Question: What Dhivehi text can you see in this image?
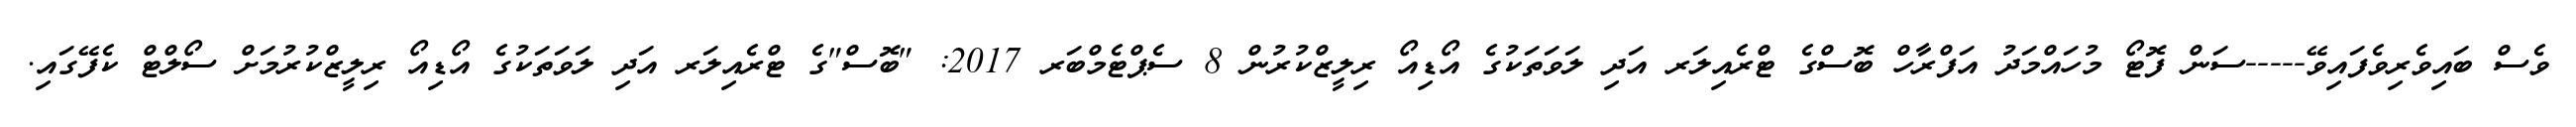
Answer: ވެސް ބައިވެރިވެފައިވޭ-----ސަން ފޮޓޯ މުހައްމަދު އަފްރާހް ބޮސްގެ ޓްރެއިލަރ އަދި ލަވަތަކުގެ އޯޑިއޯ ރިލީޒްކުރުން 8 ސެޕްޓެމްބަރ 2017: "ބޮސް"ގެ ޓްރެއިލަރ އަދި ލަވަތަކުގެ އޯޑިއޯ ރިލީޒްކުރުމަށް ސޯލްޓް ކެފޭގައި.